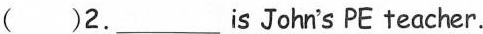
( )2.___ is John's PE teacher.